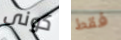
كونى فقط